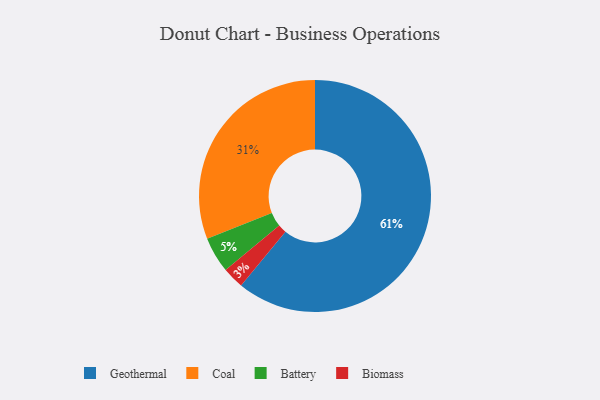
{"axis": {"x": "Category", "y": "Percentage"}, "legend": ["Battery", "Biomass", "Coal", "Geothermal"], "data": [{"x": "Coal", "y": 31, "type": "Coal"}, {"x": "Geothermal", "y": 61, "type": "Geothermal"}, {"x": "Battery", "y": 5, "type": "Battery"}, {"x": "Biomass", "y": 3, "type": "Biomass"}]}